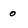
Character: 0